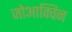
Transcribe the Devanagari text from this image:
जोआक्विन